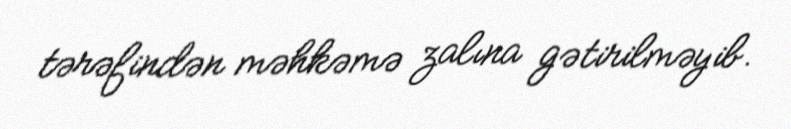
tərəfindən məhkəmə zalına gətirilməyib.